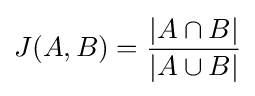
J(A,B)={{|A\cap B|} \over {|A\cup B|}}